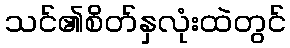
သင်၏စိတ်နှလုံးထဲတွင်